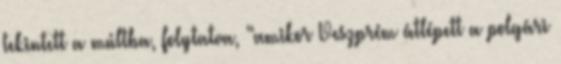
tekintett a múltba, folytatva, “amikor Veszprém átlépett a polgári